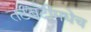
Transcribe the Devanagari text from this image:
तटबंदीमधेच